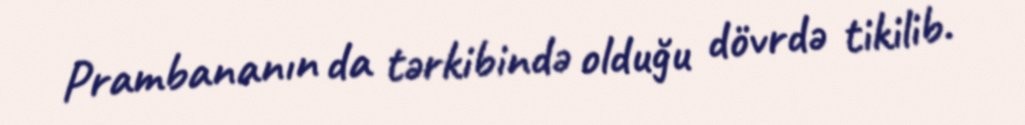
Prambananın da tərkibində olduğu dövrdə tikilib.